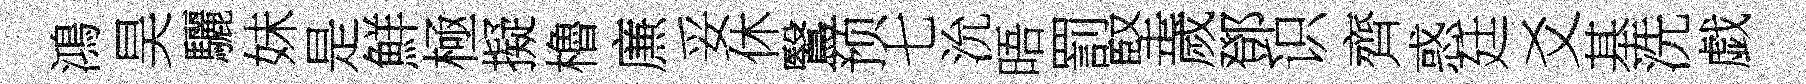
鴻昊驪妹是鮮極擬櫓㢘妥休鷖预七沇晤罰堅歲鄧识齊惑廷爻基洗戯